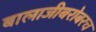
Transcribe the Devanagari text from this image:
बालाजीबरोबरच